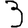
Digit: 3